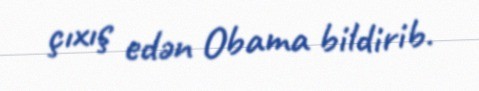
çıxış edən Obama bildirib.